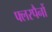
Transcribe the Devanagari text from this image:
फ्लरपैनों